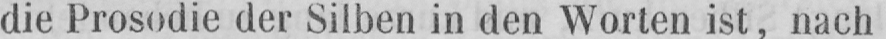
die Prosodie der Silben in den Worten ist, nach